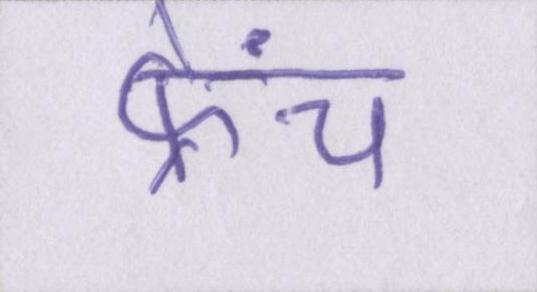
फ्रेंच